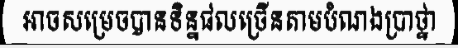
អាចសម្រេចបានទិន្នផលច្រើនតាមបំណងប្រាថ្នា